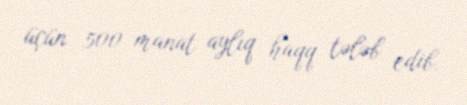
üçün 500 manat aylıq haqq tələb edib.